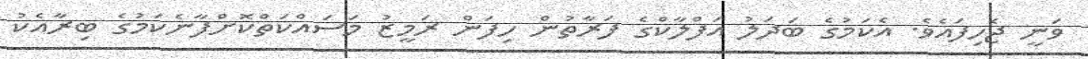
ވަނީ ޖެހިފައެވެ. އެކަމުގެ ބަދަލު އަފްލާކްގެ ފަރާތުން ހިފަން ރަމީޒު މަސައްކަތްކޮށްފާނެކަމުގެ ބިރާއެކު